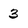
Character: 3